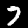
Digit: 7